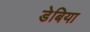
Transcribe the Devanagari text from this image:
डेबिया